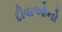
દીવાઓનો